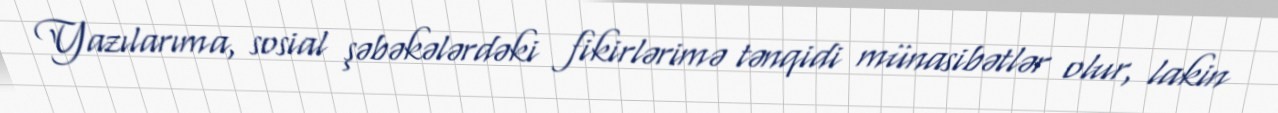
Yazılarıma, sosial şəbəkələrdəki fikirlərimə tənqidi münasibətlər olur, lakin